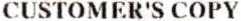
CUSTOMER'S COPY